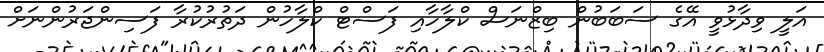
އަލީ ވިދާޅުވީ އޭގެ ސަބަބުން ބިޒްނަސް ކްލާހާއި ފަސްޓް ކްލާހުން ދަތުރުކުރާ ފަސިންޖަރުންނަށް